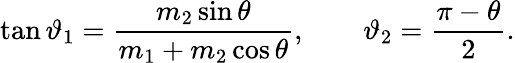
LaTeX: \tan\vartheta_{1}={\frac{m_{2}\sin\theta}{m_{1}+m_{2}\cos\theta}},\qquad\vartheta_{2}={\frac{{\pi}-{\theta}}{2}}.